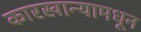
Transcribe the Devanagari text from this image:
कारखान्यामधून